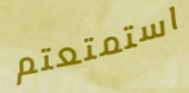
استمتعتم